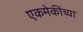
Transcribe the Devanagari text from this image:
एकमेकींच्या